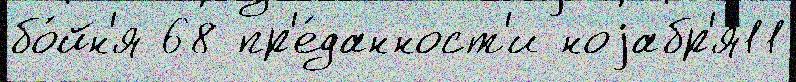
бо́йн'я 68 пр'е́данност'и ноjабр'я11